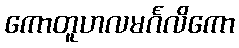
ကောတူဟလမင်္ဂလိကော